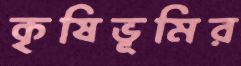
কৃষিভূমির